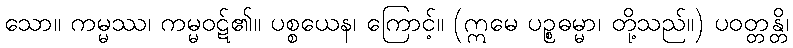
သော။ ကမ္မဿ၊ ကမ္မဝဋ်၏။ ပစ္စယေန၊ ကြောင့်။ (ဣမေ ပဉ္စဓမ္မာ၊ တို့သည်။) ပဝတ္တန္တိ၊